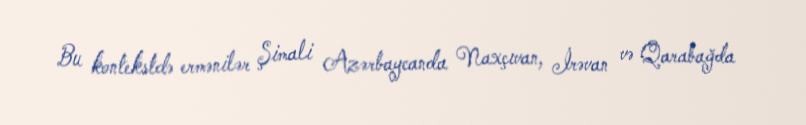
Bu kontekstdə ermənilər Şimali Azərbaycanda Naxçıvan, İrəvan və Qarabağda